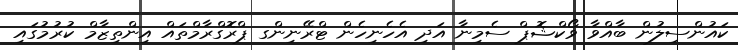
ކައުންސިލުން ބާއްވާ ވޯކްޝޮޕް ސެމިނާ އަދި އެހެނިހެން ޓްރޭނިންގ ޕްރޮގްރާމްތައް އިންތިޒާމް ކުރުމުގައި